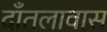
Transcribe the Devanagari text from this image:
दाँतलावास